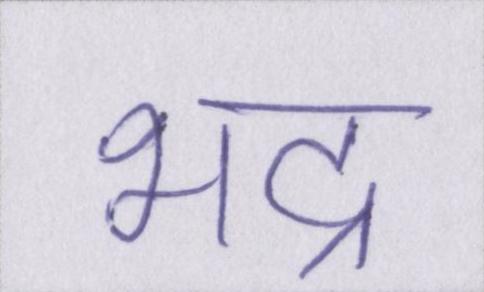
भद्र